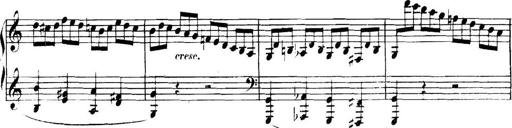
Title: Collected Piano Sonatas
Composer: Muzio Clementi